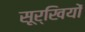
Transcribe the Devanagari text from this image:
सूर्खियों